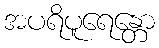
အပရိပူရေန္တော